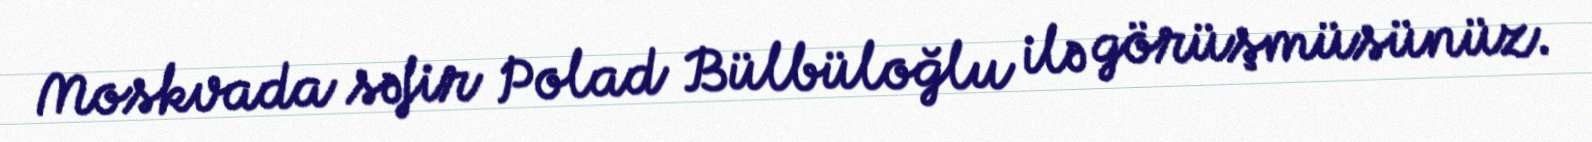
Moskvada səfir Polad Bülbüloğlu ilə görüşmüsünüz.